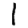
Digit: 1